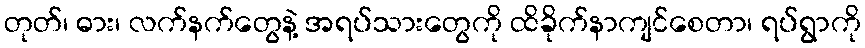
တုတ်၊ ဓား၊ လက်နက်တွေနဲ့ အရပ်သားတွေကို ထိခိုက်နာကျင်စေတာ၊ ရပ်ရွာကို